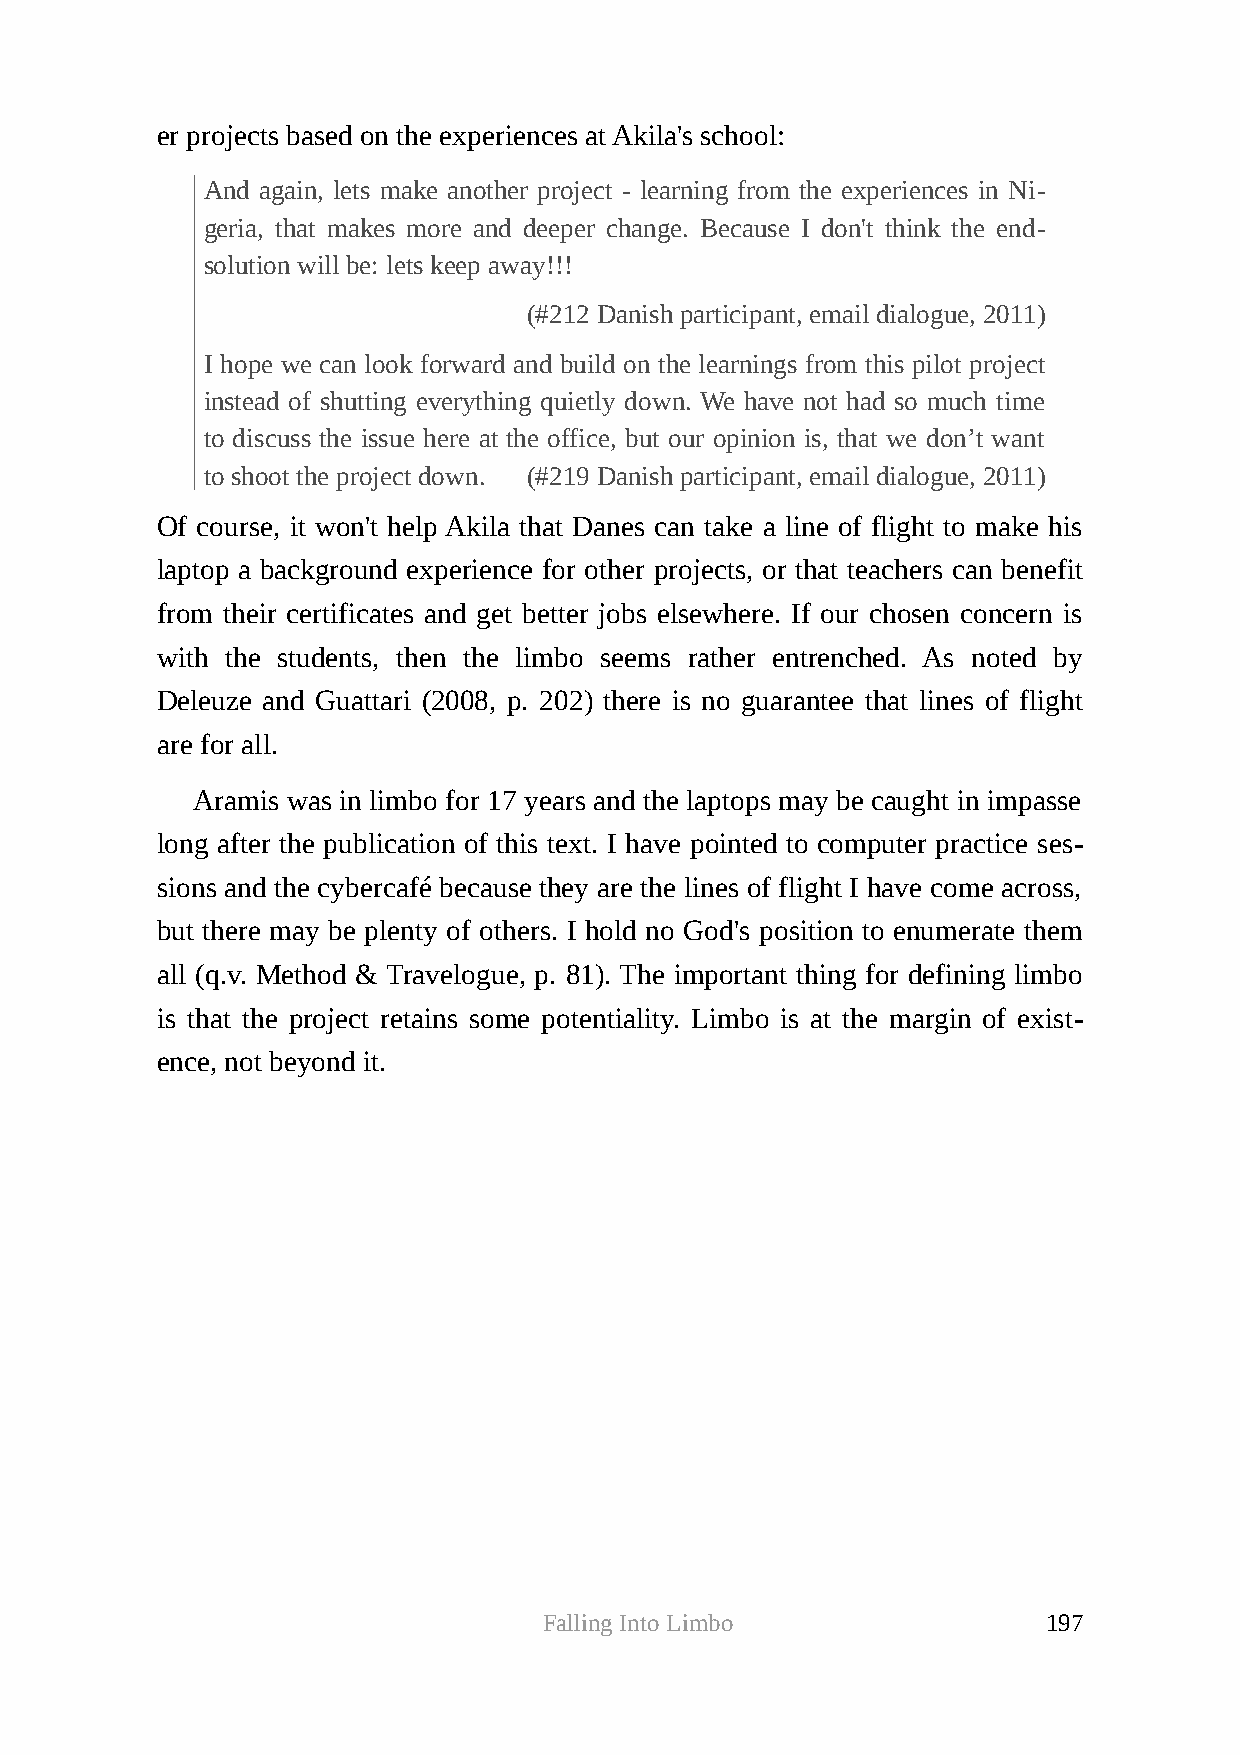
er projects based on the experiences at Akila's school:
 And again, lets make another project - learning from the experiences in Ni-
 geria, that makes more and deeper change. Because I don't think the end-
 solution will be: lets keep away!!!
 (#212 Danish participant, email dialogue, 2011)
 I hope we can look forward and build on the learnings from this pilot project
 instead of shutting everything quietly down. We have not had so much time
 to discuss the issue here at the office, but our opinion is, that we don’t want
 to shoot the project down. (#219 Danish participant, email dialogue, 2011)
 Of course, it won't help Akila that Danes can take a line of flight to make his
 laptop a background experience for other projects, or that teachers can benefit
 from their certificates and get better jobs elsewhere. If our chosen concern is
 with the students, then the limbo seems rather entrenched. As noted by
 Deleuze and Guattari (2008, p. 202) there is no guarantee that lines of flight
 are for all.
 Aramis was in limbo for 17 years and the laptops may be caught in impasse
 long after the publication of this text. I have pointed to computer practice ses-
 sions and the cybercafé because they are the lines of flight I have come across,
 but there may be plenty of others. I hold no God's position to enumerate them
 all (q.v. Method & Travelogue, p. 81). The important thing for defining limbo
 is that the project retains some potentiality. Limbo is at the margin of exist-
 ence, not beyond it.
 Falling Into Limbo               197